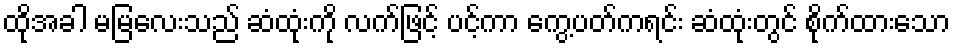
ထိုအခါ မမြလေးသည် ဆံထုံးကို လက်ဖြင့် ပင့်ကာ ကွေ့ပတ်ကရင်း ဆံထုံးတွင် စိုက်ထားသော